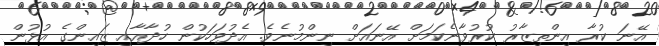
އޭނަ ކުރާ އިންތިޒާރު ކުރުވާނެކަމަށް އޭނައަށް ނިންމުނެވެ. އެދުވަހަކުން ހުދާއާއި ޒައިންގެ އުޅުން